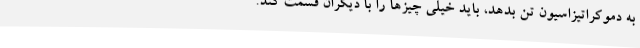
به دموکراتیزاسیون تن بدهد، باید خیلی چیزها را با دیگران قسمت کند.